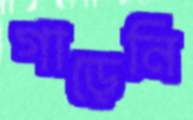
গাড়েনি